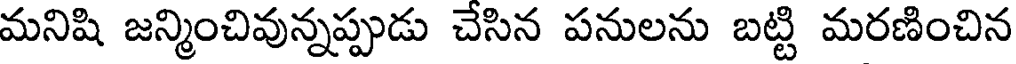
మనిషి జన్మించివున్నప్పుడు చేసిన పనులను బట్టి మరణించిన